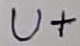
Text: U+